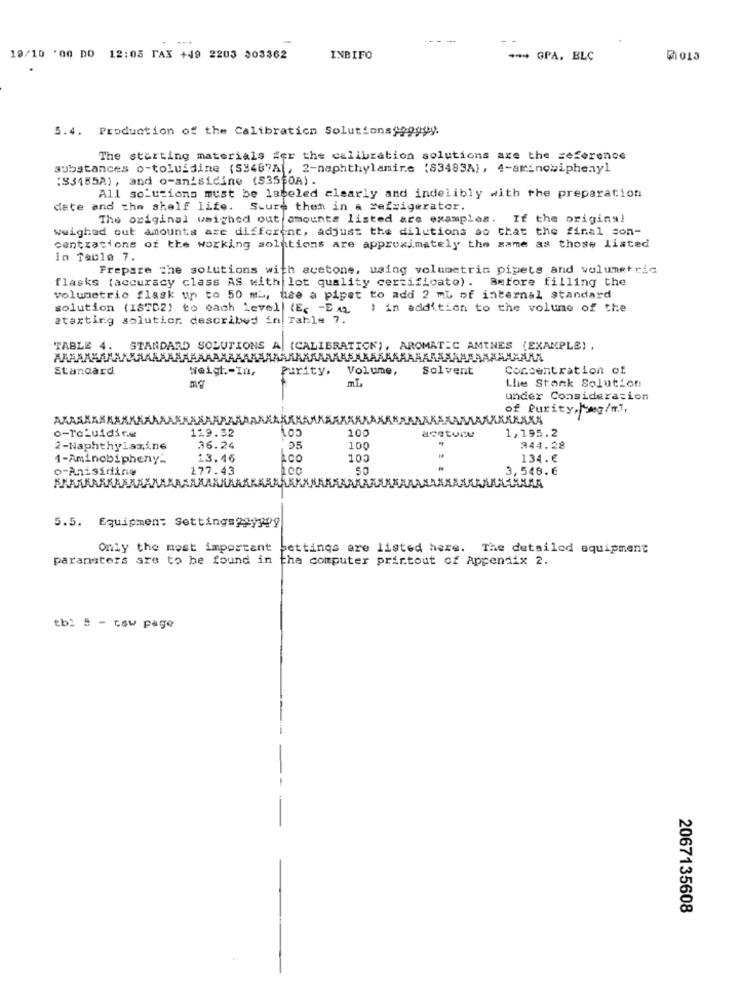
19/10 '00 DO
12:05 TAX +49 2203 303362
INBIFO
*** GPA. BLC
5.4. Production of the Calibration Solutionsgggggy.
The starting materials #er the calibration solutions axe the seference
substances o-toluidine (53467A , 2-naphthylamire (83483A), 4-amincwiphenyl
'S3485A), and o-anisidine (53550A).
All solutions must be labeled clearly and indelibly with the preparation
date and the shelf life. Scure then in a refrigerator.
The original weighed out amounts listed are examples.
If the origins!
weighed out amounts are different, adjust the dilutions so that the final son-
centrations of the working solutions are approximately the same as those listed
in Table 7.
Prepare the solutions with acetone, using volumetria pipets and volumetric
flasks (accuracy class AS with lot quality certificato). Before filling the
volumetric flask up to 50 ml, use a pipet to add 2 mb of internal standard
solution (ISTD2) to each level (Ec -E A2
1 in addition to the volume of the
ataxting soluticr. described in Tahle 7.
TABLE 4.
STANDARD SOLUTIONS A| (CALIBRATION), AROMATIC AMINES (EXAMPLE) .
Standard
Weigh .- In,
Purity.
Volume,
Solvent
Concentration of
MI
Lhe Stonk Solution
under Consideration
of Purity,1mg/ml,
KARAKA
o-ToLuidire
119.32
100
1,195.2
aceture
2-Naphthylamine
36.24
100
344.28
1-Aminobipheny.
13.46
Lco
100
134.€
o-Anisidine
177.43
100
50
3,548.6
AARMA
5.5. Equipment Setting=299999
Only the most important
bettings are listed here. The detailed equipment
paransters are to be found in the computer printout of Appendix 2.
tbi 5 - csw page
2067135608